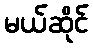
မယ်ဆိုင်